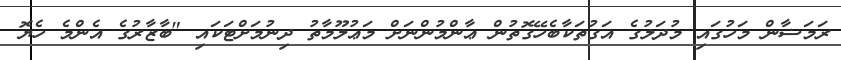
ރަމަޟާން މަހުގައި މުދަލުގެ އަގުތަކާބެހޭގޮތުން ޢާންމުންނަށް މަޢުލޫމާތު ދިނުމަށްޓަކައި "ބާޒާރުގެ އެންމެ ހެޔޮ